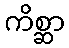
ကိစ္ဆာ